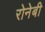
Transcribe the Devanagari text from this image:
रोनेबी